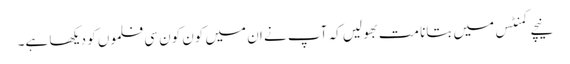
نیچے کمنٹس میں بتانا مت بھولیں کہ آپ نے ان میں کون کون سی فلموں کو دیکھا ہے۔